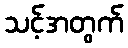
သင့်အတွက်